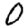
Digit: 0